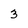
Character: 3